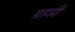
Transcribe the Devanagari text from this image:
ग्रहही